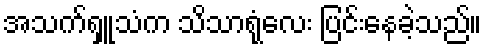
အသက်ရှူသံက သိသာရုံလေး ပြင်းနေခဲ့သည်။